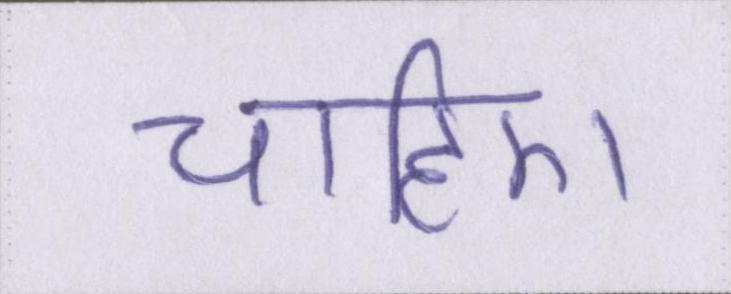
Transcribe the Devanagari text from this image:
चाहिए